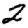
Digit: 2